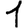
Digit: 1